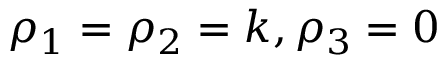
\rho _ { 1 } = \rho _ { 2 } = k , \rho _ { 3 } = 0